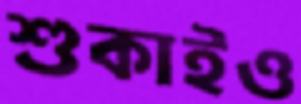
শুকাইও